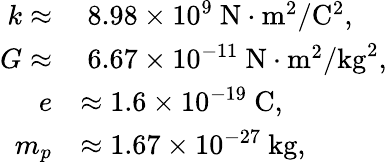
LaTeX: \begin{array}{rl}{k\approx}&{~8.98\times 10^{9}~\mathrm{N\cdot m^{2}/C^{2}},}\\ {G\approx}&{~6.67\times 10^{-11}~\mathrm{N\cdot m^{2}/kg^{2}},}\\ {e}&{\approx 1.6\times 10^{-19}~\mathrm{C},}\\ {m_{p}}&{\approx 1.67\times 10^{-27}~\mathrm{kg},}\end{array}